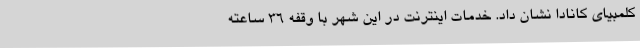
کلمبیای کانادا نشان داد. خدمات اینترنت در این شهر با وقفه ۳۶ ساعته